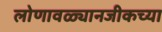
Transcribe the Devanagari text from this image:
लोणावळ्यानजीकच्या